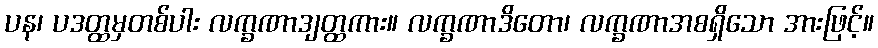
ပန၊ ပဒတ္ထမှတစ်ပါး လက္ခဏာဒျတ္ထကား။ လက္ခဏာဒိတော၊ လက္ခဏာအစရှိသော အားဖြင့်။